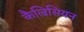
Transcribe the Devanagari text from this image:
कैल्रिसियन